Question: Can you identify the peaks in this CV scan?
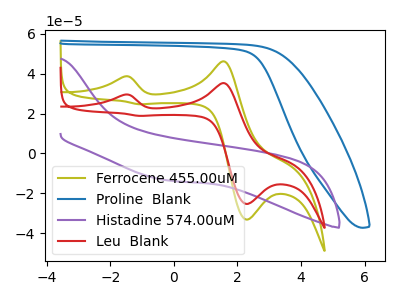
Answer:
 <answer>The olive curve "Ferrocene 455.00uM" has anodic peaks at (-1.55V, 38.60uA) (1.55V, 46.20uA) and cathodic peaks at (2.30V, -33.15uA) (-1.10V, 24.70uA). The blue curve "Proline  Blank" has no peaks. The purple curve "Histadine 574.00uM" has no peaks. The red curve "Leu  Blank" has anodic peaks at (-1.55V, 29.50uA) (1.55V, 35.25uA) and cathodic peaks at (2.30V, -25.30uA) (-1.10V, 18.85uA).</answer>
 <eval></eval>